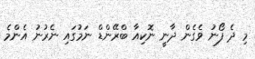
މި ދެ ފޯނު ވެގެން ދާނީ ނޮކިއާ ބްރޭންޑް ނަމުގައި ނެރުނު އެންމެ